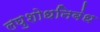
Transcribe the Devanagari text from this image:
लघुशोधनिबंध